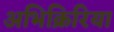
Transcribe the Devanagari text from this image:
अभिक्रिरिया